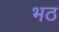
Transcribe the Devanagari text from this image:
भठ